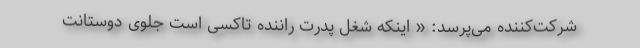
شرکت‌کننده می‌پرسد: « اینکه شغل پدرت راننده تاکسی است جلوی دوستانت